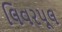
લિવરપૂલ